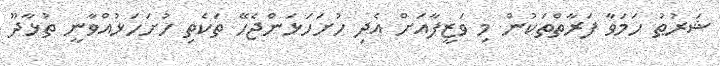
ޝަރުޠު ހަމަވާ ފަރާތްތަކުން މި ވަޒީފާއަށް އެދި ހުށަހަޅަންޖެހޭ ތަކެތި ހުށަހަޅުއްވާނީ ތުޅާދޫ